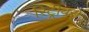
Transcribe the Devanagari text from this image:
रिट्रीवरों